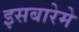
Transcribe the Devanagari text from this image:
इसबारेमे